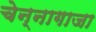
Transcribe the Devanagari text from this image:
चेन्‍नागाजा